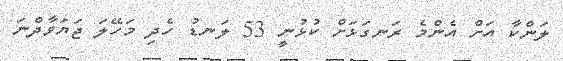
ލަންކާ އަށް އެންމެ ރަނގަޅަށް ކުޅުނީ 53 ލަނޑު ހެދި މަހޭލަ ޖަޔަވާދްނަ